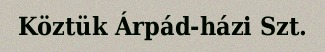
Köztük Árpád-házi Szt.